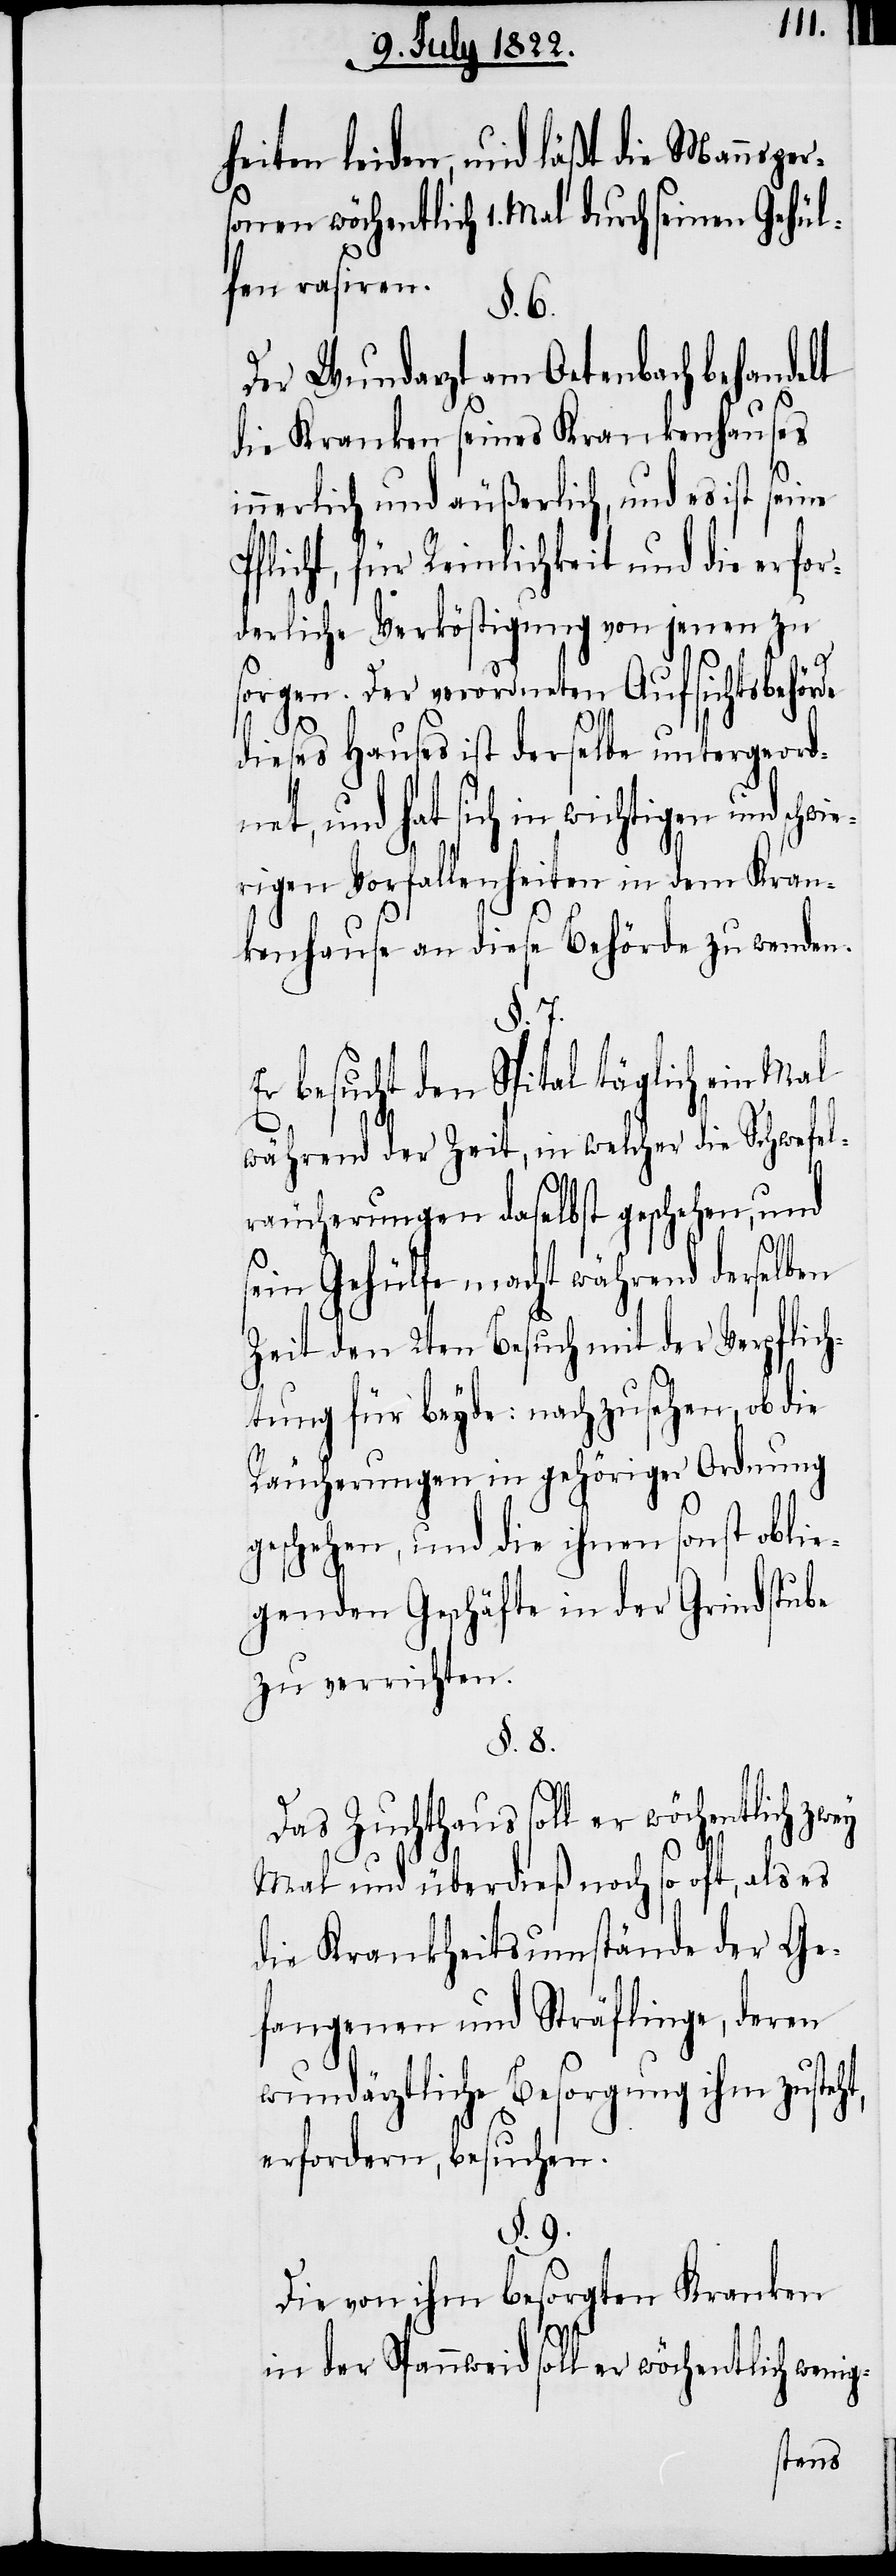
heiten leiden, und läßt die Mannsper¬
sonen wöchentlich 1. Mal durch seinen Gehül¬
fen rasiren.
§. 6.
Der Wundarzt am Oetenbach behandelt
die Kranken seines Krankenhauses
innerlich und äußerlich, und es ist seine
Pflicht, für Reinlichkeit und die erfor¬
derliche Verköstigung von jenen zu
sorgen. Der verordneten Aufsichtsbehörde
dieses Hauses ist derselbe untergeord¬
net, und hat sich in wichtigen und sch¬
rigen Vorfallenheiten in dem Kran¬
kenhause an diese Behörde zu wenden.
§. 7.
Er besucht den Spital täglich ein Mal
während der Zeit, in welcher die Schwefel¬
räucherungen daselbst geschehen, und
sein Gehülfe macht während derselben
Zeit den 2ten Besuch mit der Verpflich¬
tung für beyde: nachzusehen, ob die
Räucherungen in gehöriger Ordnung
geschehen, und die ihnen sonst oblie¬
genden Geschäfte in der Grindstube
zu verrichten.
§. 9.
Das Zuchthaus soll er wöchentlich zwey
Mal und überdieß noch so oft, als es
die Krankheitsumstände der Ge¬
fangenen und Sträflinge, deren
wundärztliche Besorgung ihm zusteht,
erfordern, besuchen.
Die von ihm besorgten Kranken
wie¬
in der Spannweid soll er wöchentlich wenig-